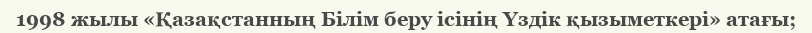
1998 жылы «Қазақстанның Білім беру ісінің Үздік қызыметкері» атағы;